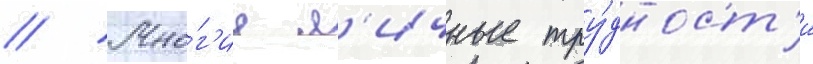
// Мно́г'ие л'ичные тру́дност'и